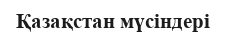
Қазақстан мүсіндері